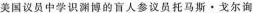
美国议员中学识渊博的盲人参议员托马斯·戈尔询